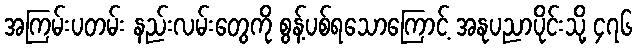
အကြမ်းပတမ်း နည်းလမ်းတွေကို စွန့်ပစ်ရသောကြောင့် အနုပညာပိုင်းသို့ ၄၇၆